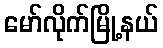
မော်လိုက်မြို့နယ်